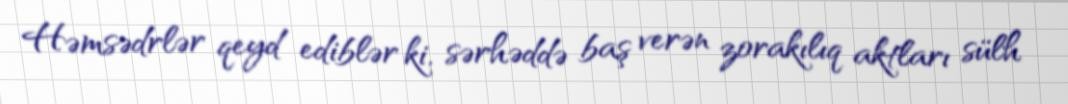
Həmsədrlər qeyd ediblər ki, sərhəddə baş verən zorakılıq aktları sülh